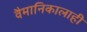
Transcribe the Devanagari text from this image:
वैमानिकालाही